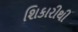
શિકારીથી